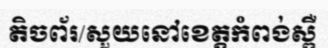
តិចព័រ/សួយនៅខេត្តកំពង់ស្ពឺ